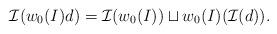
LaTeX: \begin{align*}{\mathcal I}(w_0(I)d)={\mathcal I}(w_0(I))\sqcup w_0(I)({\mathcal I}(d)).\end{align*}